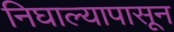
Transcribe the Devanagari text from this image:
निघाल्यापासून